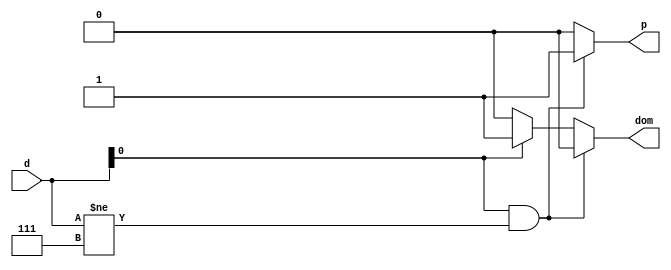
`timescale 1ns / 1ps
//////////////////////////////////////////////////////////////////////////////////
// Company: 
// Engineer: 
// 
// Design Name: 
// Module Name:    DiasdeSemana 
// Project Name: 
// Target Devices: 
// Tool versions: 
// Description: 
//
// Dependencies: 
//
// Revision: 
// Revision 0.01 - File Created
// Additional Comments: 
//
//////////////////////////////////////////////////////////////////////////////////





/* 
Sendo:
segunda-feira = 001
terca-feira = 010
quarta-feira = 011
quinta-feira = 100
sexta-feira = 101
sabado = 110
domingo = 111
*/



module DiasdeSemana(d,p,dom);
	input [2:0]d;
	output reg p, dom;

always@(d)
	begin
		if ((d[0] == (1'b 1)) && (d[2:0] !=(3'b 111)))
			begin
				p = 1;
				dom = 0;
		end
		else if (d[0] == (1'b 0))
			begin
				p = 0;
				dom = 0;
		end
		else
			begin
				p=0;
				dom = 1;
		end
	end
endmodule